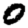
Digit: 0